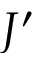
J ^ { \prime }